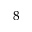
^ { 8 }